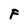
Character: F